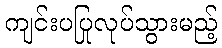
ကျင်းပပြုလုပ်သွားမည့်